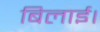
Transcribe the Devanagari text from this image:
बिलाई।